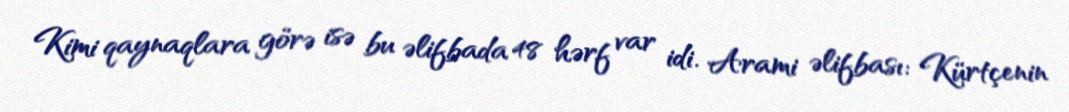
Kimi qaynaqlara görə isə bu əlifbada 48 hərf var idi. Arami əlifbası: Kürtçenin